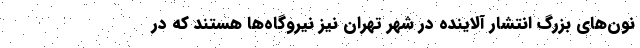
نون‌های بزرگ انتشار آلاینده در شهر تهران نیز نیروگاه‌ها هستند که در